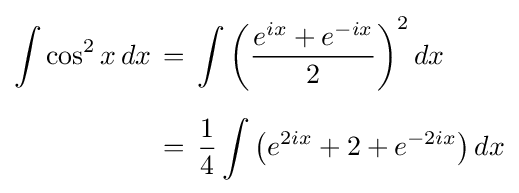
{\begin{aligned}\int \cos ^{2}x\,dx\,&=\,\int \left({\frac {e^{ix}+e^{-ix}}{2}}\right)^{2}dx\\[6pt]&=\,{\frac {1}{4}}\int \left(e^{2ix}+2+e^{-2ix}\right)dx\end{aligned}}